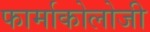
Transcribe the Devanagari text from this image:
फार्माकोलोजी